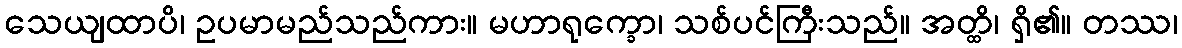
သေယျထာပိ၊ ဥပမာမည်သည်ကား။ မဟာရုက္ခော၊ သစ်ပင်ကြီးသည်။ အတ္ထိ၊ ရှိ၏။ တဿ၊